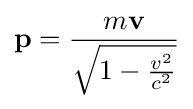
\mathbf {p} ={\frac {m\mathbf {v} }{\sqrt {1-{\frac {v^{2}}{c^{2}}}}}}